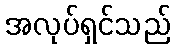
အလုပ်ရှင်သည်